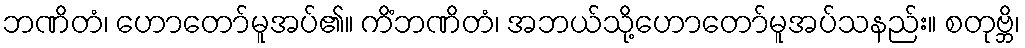
ဘဏိတံ၊ ဟောတော်မူအပ်၏။ ကိံဘဏိတံ၊ အဘယ်သို့ဟောတော်မူအပ်သနည်း။ စတုဗ္ဘိ၊